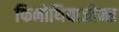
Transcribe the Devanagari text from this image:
फिनोथियाजीन्स